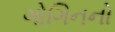
ગોગિનનો